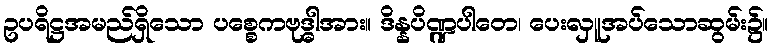
ဥပရိဋ္ဌအမည်ရှိသော ပစ္စေကဗုဒ္ဓါအား။ ဒိန္နပိဏ္ဍပါတေ၊ ပေးလှူအပ်သောဆွမ်း၌။